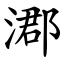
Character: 㴫